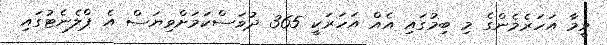
ވީމާ އަހަރެމެންގެ މި ބިމުގައި އެއް އަހަރަކީ 365 ދުވަސްކަމަށްވިޔަސް އެ ޕްލެނެޓުގައި